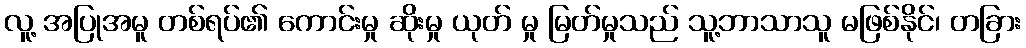
လူ့ အပြုအမူ တစ်ရပ်၏ ကောင်းမှု ဆိုးမှု ယုတ် မှု မြတ်မှုသည် သူ့ဘာသာသူ မဖြစ်နိုင်၊ တခြား